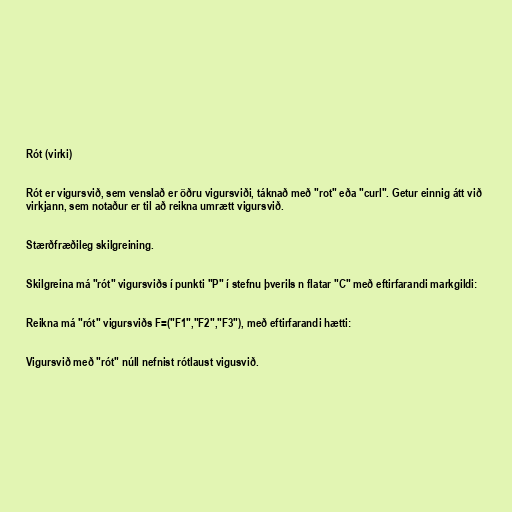
Rót (virki)

Rót er vigursvið, sem venslað er öðru vigursviði, táknað með "rot" eða "curl". Getur einnig átt við
virkjann, sem notaður er til að reikna umrætt vigursvið.

Stærðfræðileg skilgreining.

Skilgreina má "rót" vigursviðs í punkti "P" í stefnu þverils n flatar "C" með eftirfarandi markgildi:

Reikna má "rót" vigursviðs F=("F1","F2","F3"), með eftirfarandi hætti:

Vigursvið með "rót" núll nefnist rótlaust vigusvið.